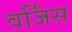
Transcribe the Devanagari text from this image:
वर्जिंस